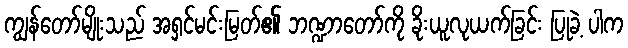
ကျွန်တော်မျိုးသည် အရှင်မင်းမြတ်၏ ဘဏ္ဍာတော်ကို ခိုးယူလုယက်ခြင်း ပြုခဲ့ ပါက